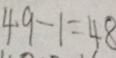
4 9 - 1 = 4 8